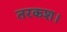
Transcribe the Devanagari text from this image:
तरकश।